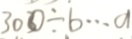
3 0 0 \div b \cdots a